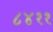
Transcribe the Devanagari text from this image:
८४११